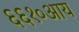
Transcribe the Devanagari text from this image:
६६१०आय